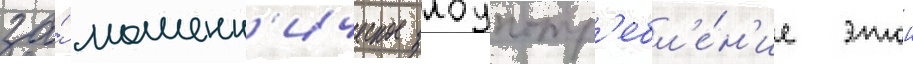
за́ мошенн'ическое злоупотр'ебл'е́н'ие этои